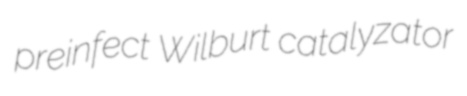
preinfect Wilburt catalyzator